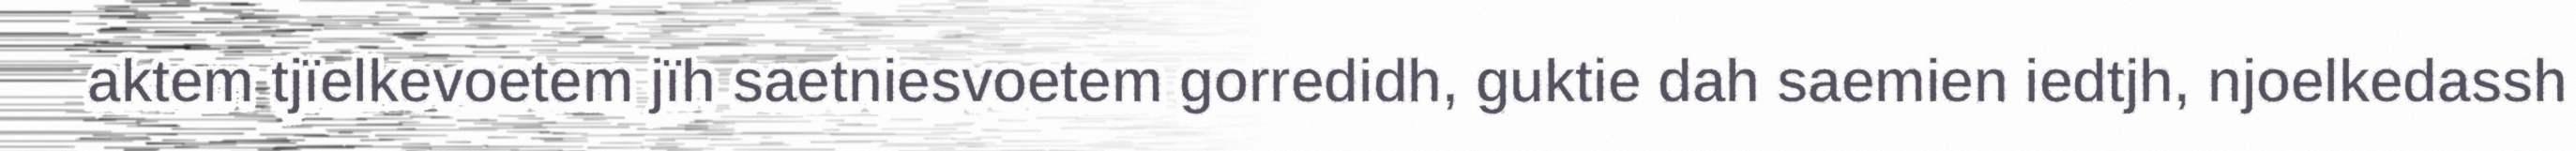
aktem tjïelkevoetem jïh saetniesvoetem gorredidh, guktie dah saemien iedtjh, njoelkedassh